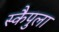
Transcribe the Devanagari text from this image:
स्कैपुला